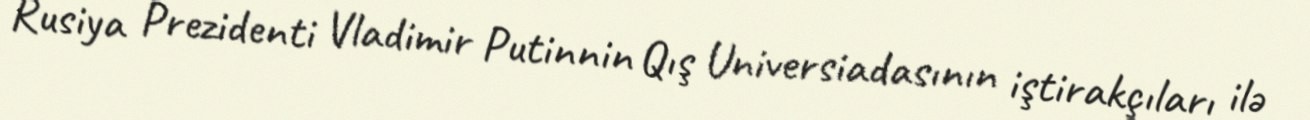
Rusiya Prezidenti Vladimir Putinnin Qış Universiadasının iştirakçıları ilə